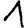
Digit: 1